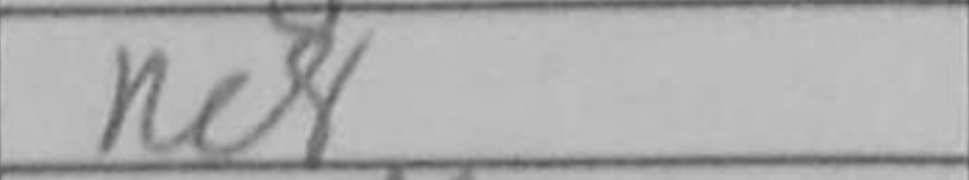
Transcription: Re8